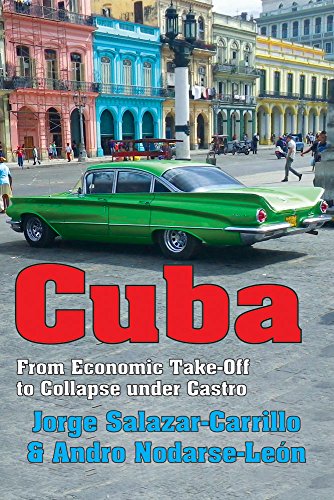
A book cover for Cuba: From Economic Take-Off to Collapse under Castro; Jorge Salazar-Carrillo; History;